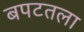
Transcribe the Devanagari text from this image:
बपटतला